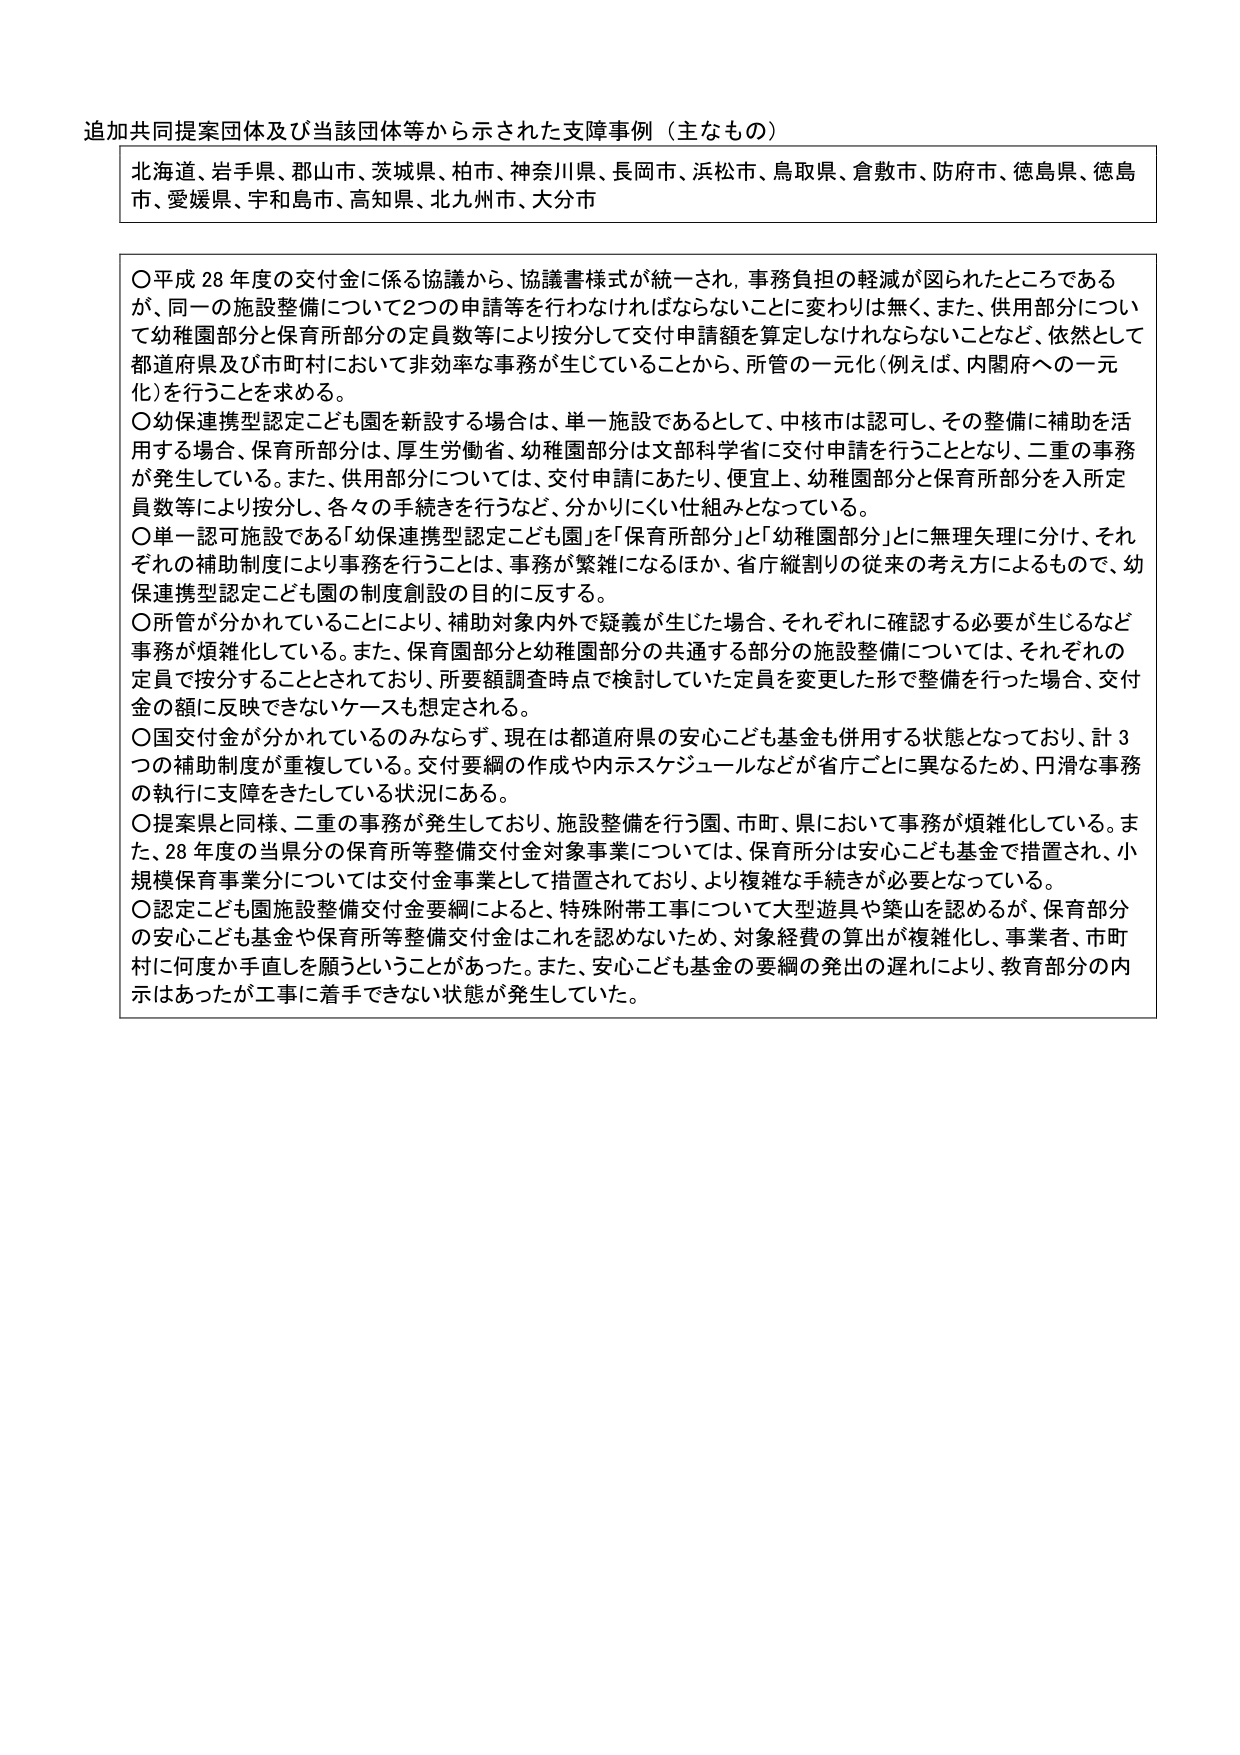
追加共同提案団体及び当該団体等から示された支障事例（主なもの）

北海道、岩手県、郡山市、茨城県、柏市、神奈川県、長岡市、浜松市、鳥取県、倉敷市、防府市、徳島県、徳島市、愛媛県、宇和島市、高知県、北九州市、大分市

〇平成28年度の交付金に係る協議から、協議書様式が統一され、事務負担の軽減が図られたところであるが、同一の施設整備について2つの申請等を行わなければならないことに変わりは無く、また、供用部分について幼稚園部分と保育所部分の定員数等により按分して交付申請額を算定しなければならないことなど、依然として都道府県及び市町村において非効率な事務が生じていることから、所管の一元化（例えば、内閣府への一元化）を行うことを求める。

〇幼保連携型認定こども園を新設する場合は、単一施設であるとして、中核市は認可し、その整備に補助を活用する場合、保育所部分は、厚生労働省、幼稚園部分は文部科学省に交付申請を行うこととなり、二重の事務が発生している。また、供用部分については、交付申請にあたり、便宜上、幼稚園部分と保育所部分を入所定員数等により按分し、各々の手続きを行うなど、分かりにくい仕組みとなっている。

〇単一認可施設である「幼保連携型認定こども園」を「保育所部分」と「幼稚園部分」とに無理矢理に分け、それぞれの補助制度により事務を行うことは、事務が繁雑になるほか、省庁縦割りの従来の考え方によるもので、幼保連携型認定こども園の制度創設の目的に反する。

〇所管が分かれていることにより、補助対象内外で疑義が生じた場合、それぞれに確認する必要が生じるなど事務が煩雑化している。また、保育園部分と幼稚園部分の共通する部分の施設整備については、それぞれの定員で按分することとされており、所要額調査時点で検討していた定員を変更した形で整備を行った場合、交付金の額に反映できないケースも想定される。

〇国交付金が分かれているのみならず、現在は都道府県の安心こども基金も併用する状態となっており、計3つの補助制度が重複している。交付要綱の作成や内示スケジュールなどが省庁ごとに異なるため、円滑な事務の執行に支障をきたしている状況にある。

〇提案県と同様、二重の事務が発生しており、施設整備を行う園、市町、県において事務が煩雑化している。また、28年度の当県分の保育所等整備交付金対象事業については、保育所分は安心こども基金で措置され、小規模保育事業分については交付金事業として措置されており、より複雑な手続きが必要となっている。

〇認定こども園施設整備交付金要綱によると、特殊附帯工事について大型遊具や築山を認めるが、保育部分の安心こども基金や保育所等整備交付金はこれを認めないため、対象経費の算出が複雑化し、事業者、市町村に何度か手直しを願うといったことがあった。また、安心こども基金の要綱の発出の遅れにより、教育部分の内示はあったが工事に着手できない状態が発生していた。